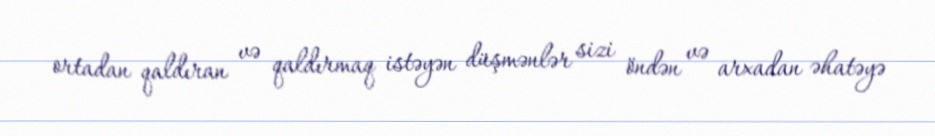
ortadan qaldıran və qaldırmaq istəyən düşmənlər sizi öndən və arxadan əhatəyə